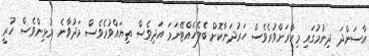
އާސަންދަ ދިނުމުގައި މިހާރަށްވުރެވެސް ހަރުދަނާކޮށް ބެލެހެއްޓޭނަމަ އަދިވެސް ތިޔައްވުރެވެސް މަދުވާނެ. މުޅިންވެސް ހުރީ